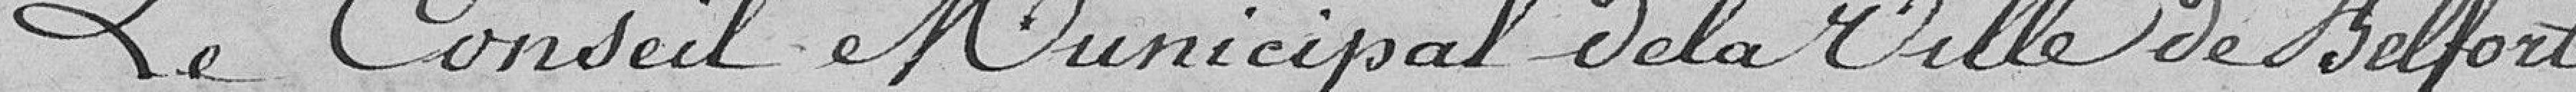
Le conseil municipal de ville de Belfort